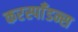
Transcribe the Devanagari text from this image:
करस्पाँडन्स